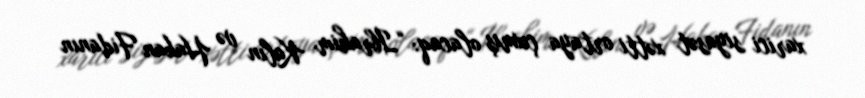
xarici siyasət xətti ortaya çıxmış olacaq: “İbrahim Kalın və Hakan Fidanın